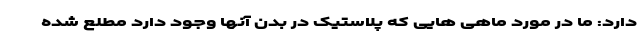
دارد: ما در مورد ماهی هایی که پلاستیک در بدن آنها وجود دارد مطلع شده